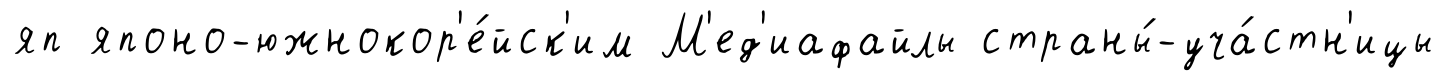
яп японо-южнокор'е́йск'им М'ед'иафайлы страны́-уча́стн'ицы